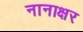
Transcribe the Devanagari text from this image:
नानाक्षर